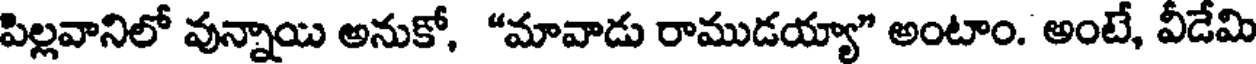
పిల్లవానిలో వున్నాయి అనుకో, "మావాడు రాముడయ్యా" అంటాం. అంటే, వీడేమి